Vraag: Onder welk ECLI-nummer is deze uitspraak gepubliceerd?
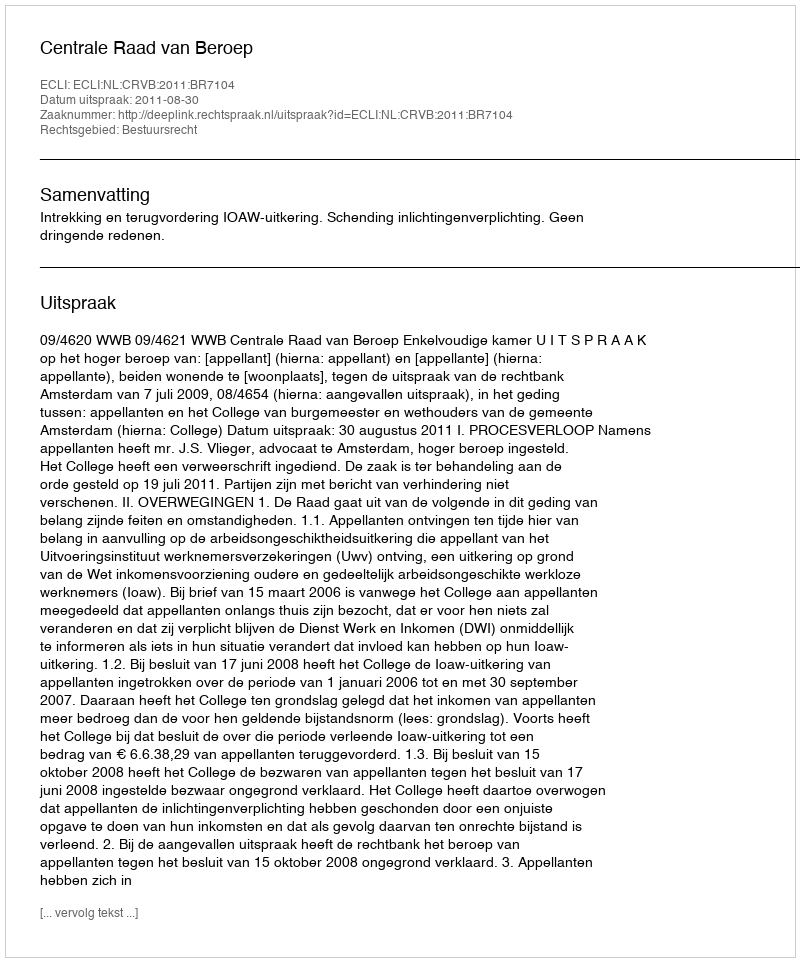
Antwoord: ECLI:NL:CRVB:2011:BR7104